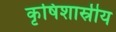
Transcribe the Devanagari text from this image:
कृषिशास्रीय